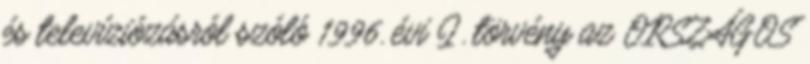
és televíziózásról szóló 1996. évi I. törvény az ORSZÁGOS